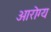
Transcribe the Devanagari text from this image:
आरॊग्य